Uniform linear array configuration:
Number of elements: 16
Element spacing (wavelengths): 0.25
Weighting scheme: hann
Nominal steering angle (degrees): -15
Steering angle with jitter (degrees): -15.488
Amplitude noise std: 0.05
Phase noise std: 0.05

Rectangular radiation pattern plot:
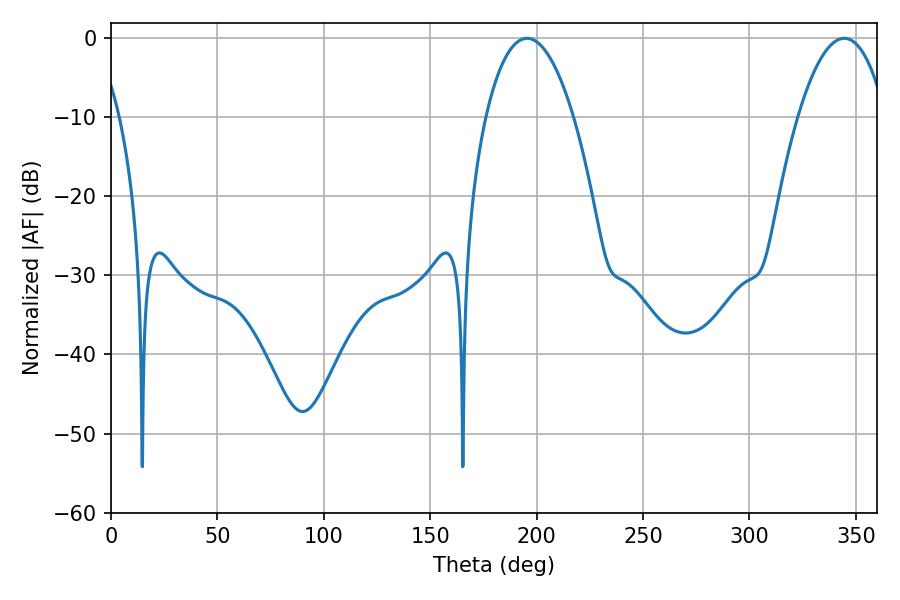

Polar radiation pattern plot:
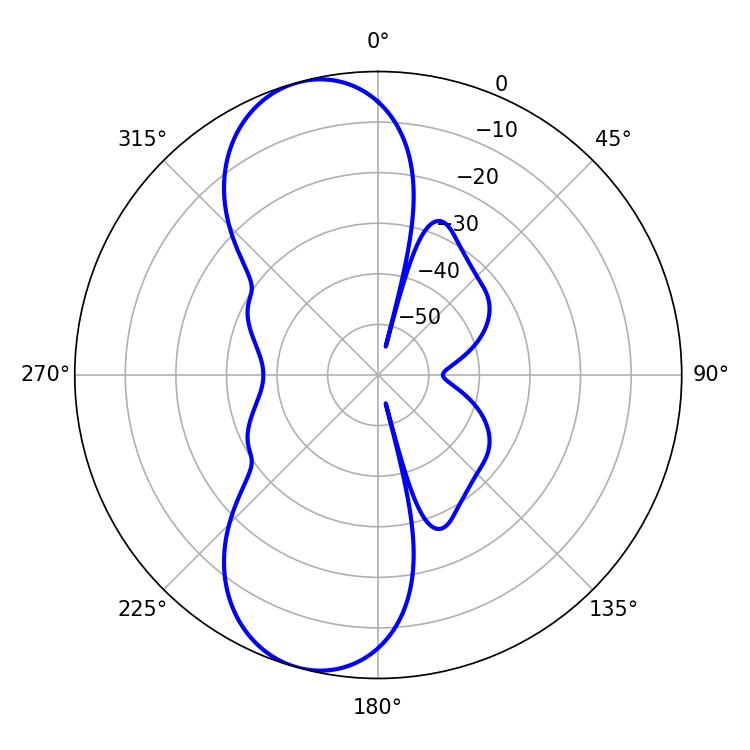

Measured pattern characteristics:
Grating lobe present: FALSE
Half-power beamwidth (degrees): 23.04
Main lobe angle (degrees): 195.48